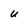
Character: U